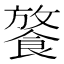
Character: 𩜢